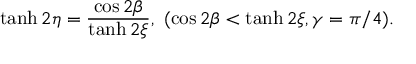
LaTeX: \operatorname { t a n h } 2 \eta = \frac { \cos 2 \beta } { \operatorname { t a n h } 2 \xi } , { \mathrm { ~ } } ( \cos 2 \beta < \operatorname { t a n h } 2 \xi , \gamma = \pi / 4 ) .